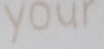
your